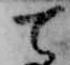
て